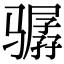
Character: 骣